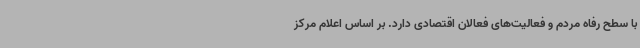
با سطح رفاه مردم و فعالیت‌های فعالان اقتصادی دارد. بر اساس اعلام مرکز